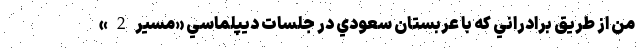
من از طريق برادراني كه با عربستان سعودي در جلسات ديپلماسي «مسير2»